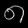
Digit: ၈